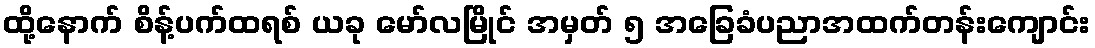
ထို့နောက် စိန့်ပက်ထရစ် ယခု မော်လမြိုင် အမှတ် ၅ အခြေခံပညာအထက်တန်းကျောင်း